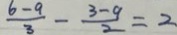
\frac { 6 - 9 } { 3 } - \frac { 3 - 9 } { 2 } = 2